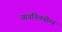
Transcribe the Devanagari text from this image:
आयनितयोग्य